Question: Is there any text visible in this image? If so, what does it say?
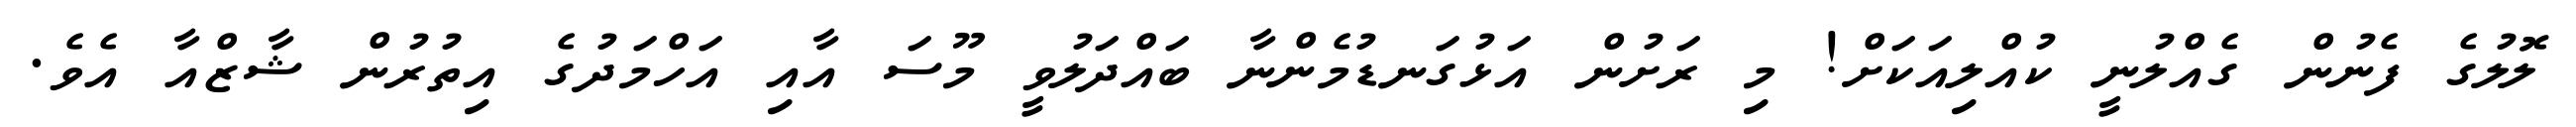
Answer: ލޮލުގެ ފެނުން ގެއްލުނީ ކުއްލިއަކަށް! މި ރަށުން އަޅުގަނޑުމެންނާ ބައްދަލުވީ މޫސަ އާއި އަހްމަދުގެ އިތުރުން ޝާޒްއާ އެވެ.